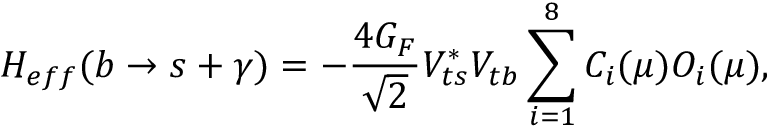
{ \cal H } _ { e f f } ( b \to s + \gamma ) = - \frac { 4 G _ { F } } { \sqrt { 2 } } V _ { t s } ^ { * } V _ { t b } \sum _ { i = 1 } ^ { 8 } C _ { i } ( \mu ) { \cal O } _ { i } ( \mu ) ,